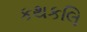
કથકલિ